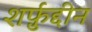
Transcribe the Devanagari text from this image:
शर्फ़ुद्दीन